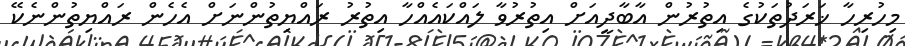
މިހުރިހާ ޚަރަދުތަކުގެ އިތުރުން އާބާދީއަށް އިތުރުވާ ލައްކައެއްހާ އިތުރު ރައްޔިތުންނަށް އެހެން ރައްޔިތުންނެކޭ